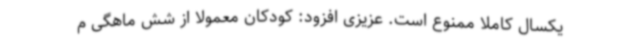
یکسال کاملاً ممنوع است. عزیزی افزود: کودکان معمولاً از شش ماهگی م